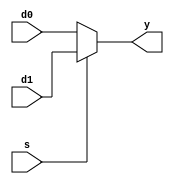
/**
 * Multiplexer, 2-Port
 * The input size is parameterized.
 */
module mux2
  #(parameter WIDTH = 8)
   (input  [WIDTH-1:0] d0, d1,
	input              s,
	output [WIDTH-1:0] y);

	assign y = s ? d1 : d0;
endmodule // mux2